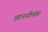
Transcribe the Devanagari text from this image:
छाननीनंतर